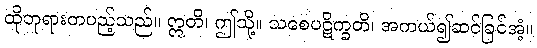
ထိုဘုရားတပည့်သည်။ ဣတိ၊ ဤသို့။ သစေပဋိက္ခတိ၊ အကယ်၍ဆင်ခြင်အံ့။